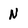
Character: N